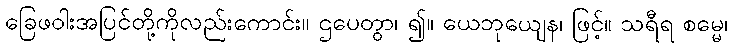
ခြေဖဝါးအပြင်တို့ကိုလည်းကောင်း။ ဌပေတွာ၊ ၍။ ယေဘုယျေန၊ ဖြင့်။ သရီရ စမ္မေ၊